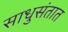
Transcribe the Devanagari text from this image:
साधुसंतात